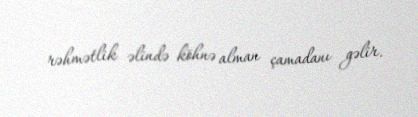
rəhmətlik əlində köhnə alman çamadanı gəlir.